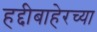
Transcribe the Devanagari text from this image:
हद्दीबाहेरच्या